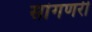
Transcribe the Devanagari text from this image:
सांगणरी